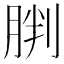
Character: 𫆠